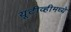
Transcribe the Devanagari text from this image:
यूटीव्हीमध्ये